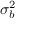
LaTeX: \sigma _ { b } ^ { 2 }